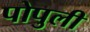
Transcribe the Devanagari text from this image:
पोपुली